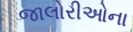
જાલોરીઓના